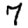
Digit: 7